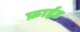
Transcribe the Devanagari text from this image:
फ्राईड